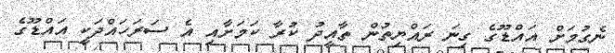
ނެގުމަށް އައްޑޫގެ ގިނަ ރައްޔިތުން ތާއީދު ކުރާ ކަމަށާއި އެ ސަރަހައްދަކީ އައްޑޫގެ